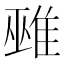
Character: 𨿏